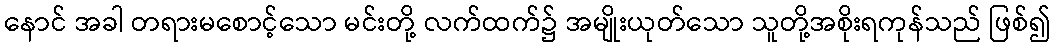
နောင် အခါ တရားမစောင့်သော မင်းတို့ လက်ထက်၌ အမျိုးယုတ်သော သူတို့အစိုးရကုန်သည် ဖြစ်၍